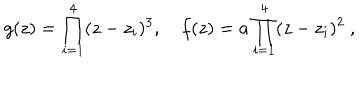
g ( z ) = \prod _ { i = 1 } ^ { 4 } ( z - z _ { i } ) ^ { 3 } , ~ f ( z ) = a \prod _ { i = 1 } ^ { 4 } ( z - z _ { i } ) ^ { 2 } \ ,